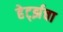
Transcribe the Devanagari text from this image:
हेर्ट्झचा